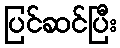
ပြင်ဆင်ပြီး